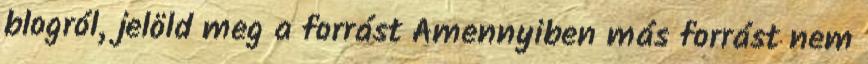
blogról, jelöld meg a forrást Amennyiben más forrást nem